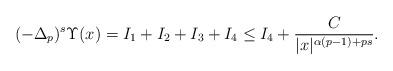
LaTeX: \begin{align*} (-\Delta_p)^s\Upsilon(x) =I_1+I_2+I_3+I_4\le I_4+\dfrac{C}{|x|^{\alpha(p-1)+ps}}. \end{align*}